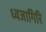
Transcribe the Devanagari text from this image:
ध्वजागिरि